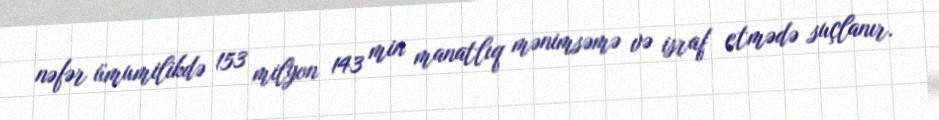
nəfər ümumilikdə 153 milyon 143 min manatlıq mənimsəmə və israf etmədə suçlanır.